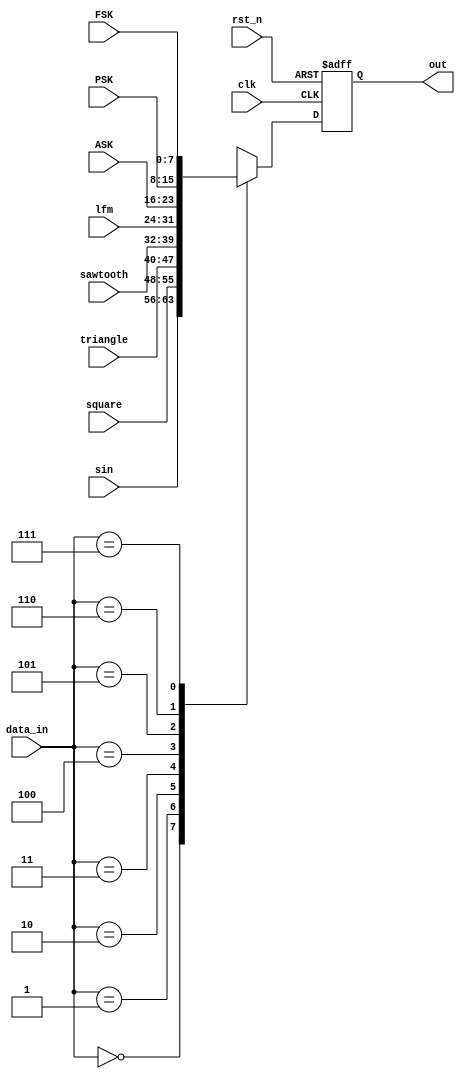
module wave_selector(
	input [2:0]data_in,
	input [7:0]sin,
	input [7:0]square,
	input [7:0]triangle,
	input [7:0]sawtooth,
	input [7:0]lfm,
	input [7:0]ASK,
	input [7:0]PSK,
	input [7:0]FSK,
	
	
	input clk,
	input rst_n,
	output [7:0] out
);

reg [7:0] p;
assign out = p;

always@(posedge clk or negedge rst_n)
begin
	if(!rst_n)	
		p <= 0;
	else
	case(data_in)
		3'b000 : p <= sin;
		3'b001 : p <= square;
		3'b010 : p <= triangle;
		3'b011 : p <= sawtooth;
		3'b100 : p <= lfm;
		3'b101 : p <= ASK;
		3'b110 : p <= PSK;
		3'b111 : p <= FSK;
		
		default : p <= FSK;
	endcase
end



endmodule